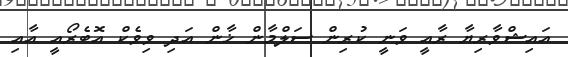
އައިޝްވާރިޔާ ރާއީ ވަނީ ކުރިން ސަލްމާން ޚާން އަދި ވިވެކް އޮބެރޯއީ އާއި